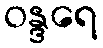
ဝန္ဒရေ